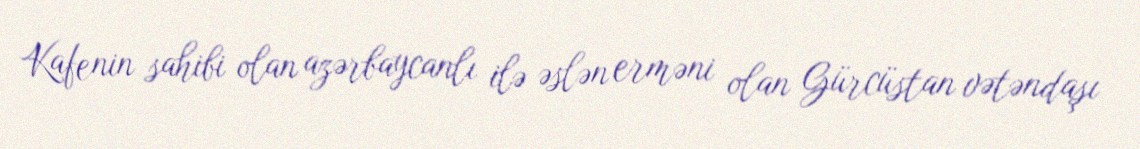
Kafenin sahibi olan azərbaycanlı ilə əslən erməni olan Gürcüstan vətəndaşı